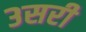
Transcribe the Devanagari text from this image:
३सरी